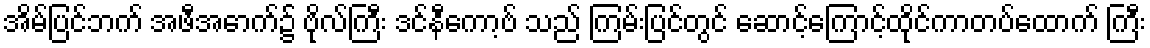
အိမ်ပြင်ဘက် အဖီအောက်၌ ဗိုလ်ကြီး ဒင်နီကော့ဗ် သည် ကြမ်းပြင်တွင် ဆောင့်ကြောင့်ထိုင်ကာတပ်ထောက် ကြီး